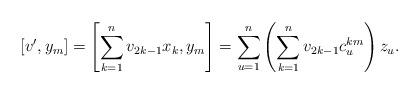
LaTeX: \begin{align*} [v^\prime, y_m] = \left[\sum_{k=1}^nv_{2k-1}x_k,y_m\right] = \sum_{u = 1}^n \left( \sum_{k = 1}^n v_{2k - 1} c_u^{km} \right) z_u.\end{align*}